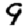
Digit: 9